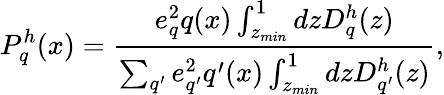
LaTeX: P_{q}^{h}(x)=\frac{e_{q}^{2}q(x)\int_{z_{min}}^{1}dzD_{q}^{h}(z)}{\sum_{q^{\prime}}e_{q^{\prime}}^{2}q^{\prime}(x)\int_{z_{min}}^{1}dzD_{q^{\prime}}^{h}(z)},